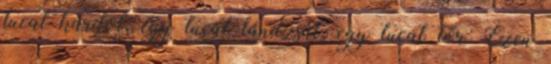
tucat kardot, egy tucat lándzsát, egy tucat tőr. Ezen